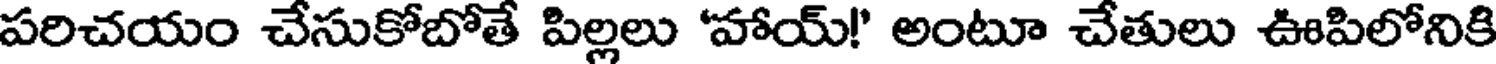
పరిచయం చేసుకోబోతే పిల్లలు 'హాయ్!' అంటూ చేతులు ఊపిలోనికి